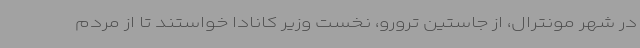
در شهر مونترال، از جاستین ترورو، نخست وزیر کانادا خواستند تا از مردم